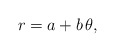
\begin{align*}r=a+b\,\theta,\end{align*}